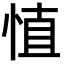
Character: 㥀